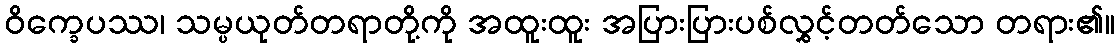
ဝိက္ခေပဿ၊ သမ္ပယုတ်တရာတို့ကို အထူးထူး အပြားပြားပစ်လွှင့်တတ်သော တရား၏။